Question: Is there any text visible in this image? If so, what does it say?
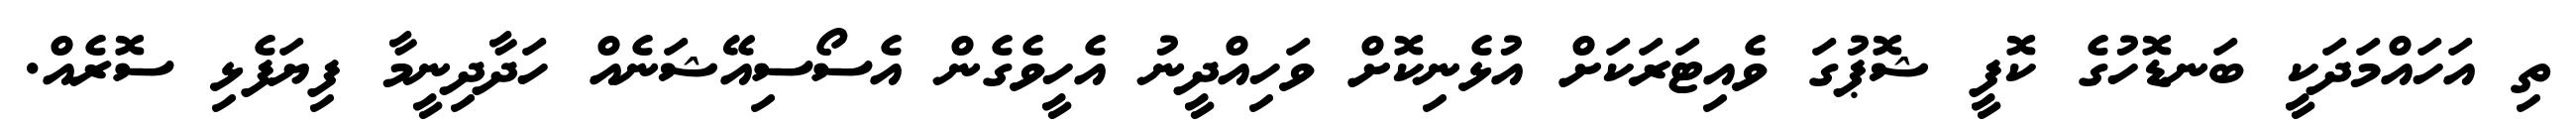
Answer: ތި އަހައްމަދަކީ ބަނޑޮހުގެ ކޮފީ ޝޮޕުގަ ވެއިޓަރަކަށް އުޅެނިކޮށް ވަހިއްދީނު އެހީވެގެން އެސޯސިއޭޝަނެއް ހަދާދިނީމާ ފިޔަފެޅި ސޮރެއް.